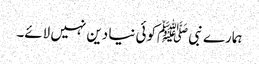
ہمارے نبی ﷺکوئی نیا دین نہیں لائے۔